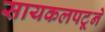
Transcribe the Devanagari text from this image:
सायकलपटूने